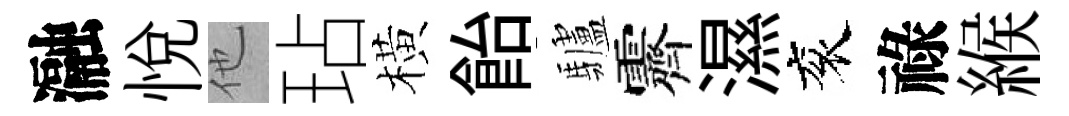
瀜悦他玷橫飴驢霽濕衮祿緱